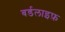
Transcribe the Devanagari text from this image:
बर्डलाइफ़